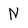
Character: N